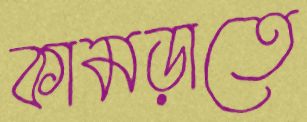
কামড়াতে